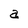
Character: a